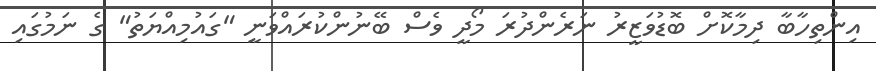
އިންތިހާބާ ދިމާކޮށް ބޮޑުވަޒީރު ނަރެންދުރަ މޯދީ ވެސް ބޭނުންކުރައްވަނީ "ގައުމިއްޔަތު" ގެ ނަމުގައި